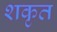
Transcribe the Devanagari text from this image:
शकृत